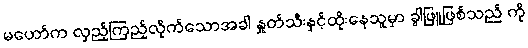
မဟော်က လှည့်ကြည့်လိုက်သောအခါ နှုတ်သီးနှင့်ထိုးနေသူမှာ ခွါဖြူဖြစ်သည် ကို